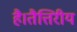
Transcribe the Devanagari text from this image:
है।तैत्तिरीय